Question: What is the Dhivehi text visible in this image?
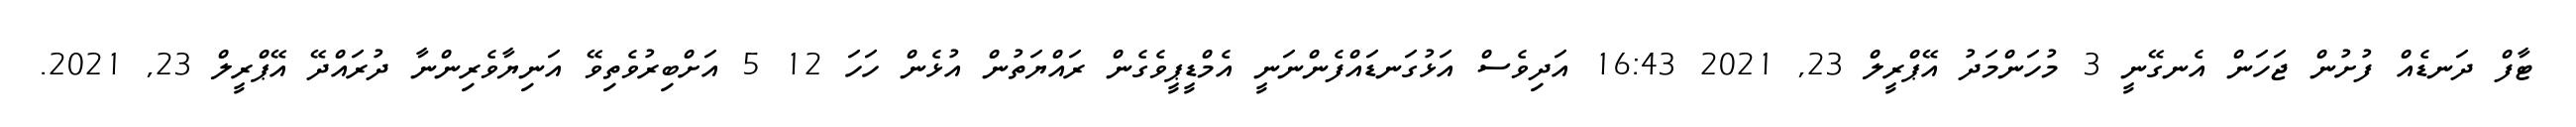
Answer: ޓާފް ދަނޑެއް ފުށުން ޖަހަން އެނގޭނީ 3 މުހަންމަދު އޭޕްރީލް 23, 2021 16:43 އަދިވެސް އަޅުގަނޑައްފެންނަނީ އެމްޑީޕީވެގެން ރައްޔަތުން އުޅެން ހަހަ 12 5 އަށްބިރުވެތިވޭ އަނިޔާވެރިންނާ ދުރައްދޭ އޭޕްރީލް 23, 2021.